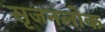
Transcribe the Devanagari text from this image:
सृजनलोक